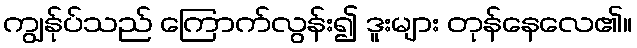
ကျွန်ုပ်သည် ကြောက်လွန်း၍ ဒူးများ တုန်နေလေ၏။